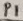
Text: P1